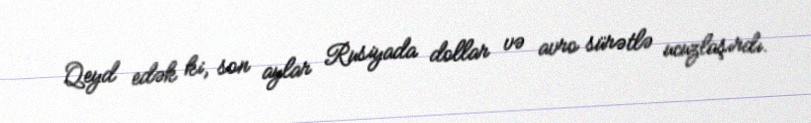
Qeyd edək ki, son aylar Rusiyada dollar və avro sürətlə ucuzlaşırdı.